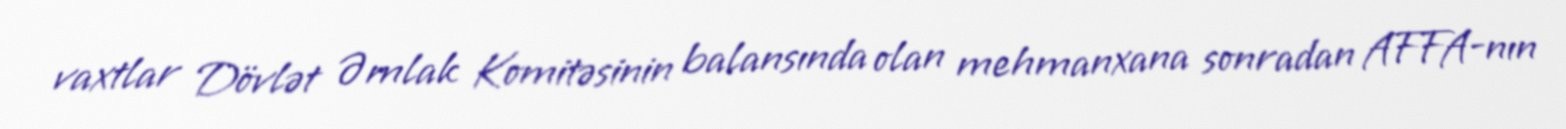
vaxtlar Dövlət Əmlak Komitəsinin balansında olan mehmanxana sonradan AFFA-nın